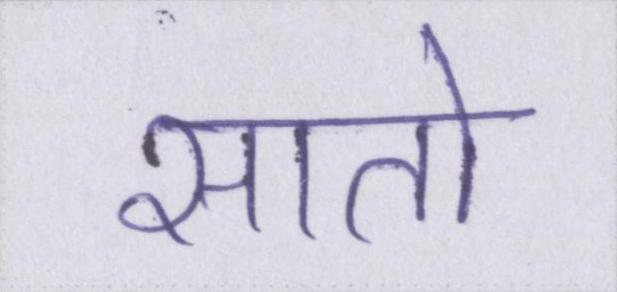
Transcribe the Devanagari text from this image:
सातो